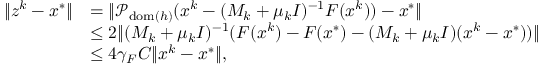
\begin{array} { r l } { \| z ^ { k } - x ^ { * } \| } & { = \| \mathcal { P } _ { \mathrm { d o m } ( h ) } ( x ^ { k } - ( M _ { k } + \mu _ { k } I ) ^ { - 1 } F ( x ^ { k } ) ) - x ^ { * } \| } \\ & { \leq 2 \| ( M _ { k } + \mu _ { k } I ) ^ { - 1 } ( F ( x ^ { k } ) - F ( x ^ { * } ) - ( M _ { k } + \mu _ { k } I ) ( x ^ { k } - x ^ { * } ) ) \| } \\ & { \leq 4 \gamma _ { F } C \| x ^ { k } - x ^ { * } \| , } \end{array}